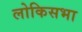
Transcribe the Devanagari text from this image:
लोकिसभा